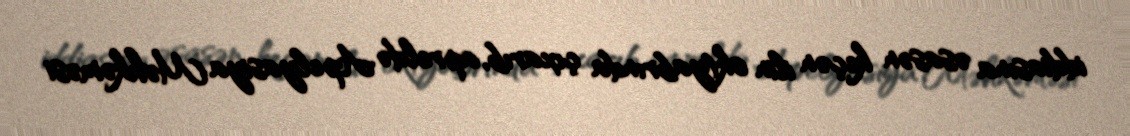
iddiasına əsasən keçən ilin oktyabrında çıxarıb, apreldə Apelyasiya Məhkəməsi